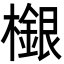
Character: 檭